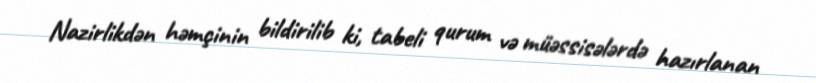
Nazirlikdən həmçinin bildirilib ki, tabeli qurum və müəssisələrdə hazırlanan